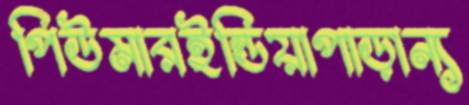
পিউমারইন্ডিয়াপাড়ান্য